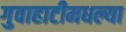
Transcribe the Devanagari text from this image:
गुवाहाटीमधल्या